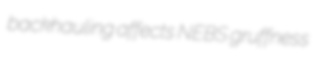
backhauling affects NEBS gruffness